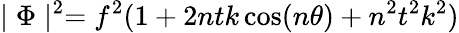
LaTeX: \mid\Phi\mid^{2}=f^{2}(1+2ntk\cos(n\theta)+n^{2}t^{2}k^{2})